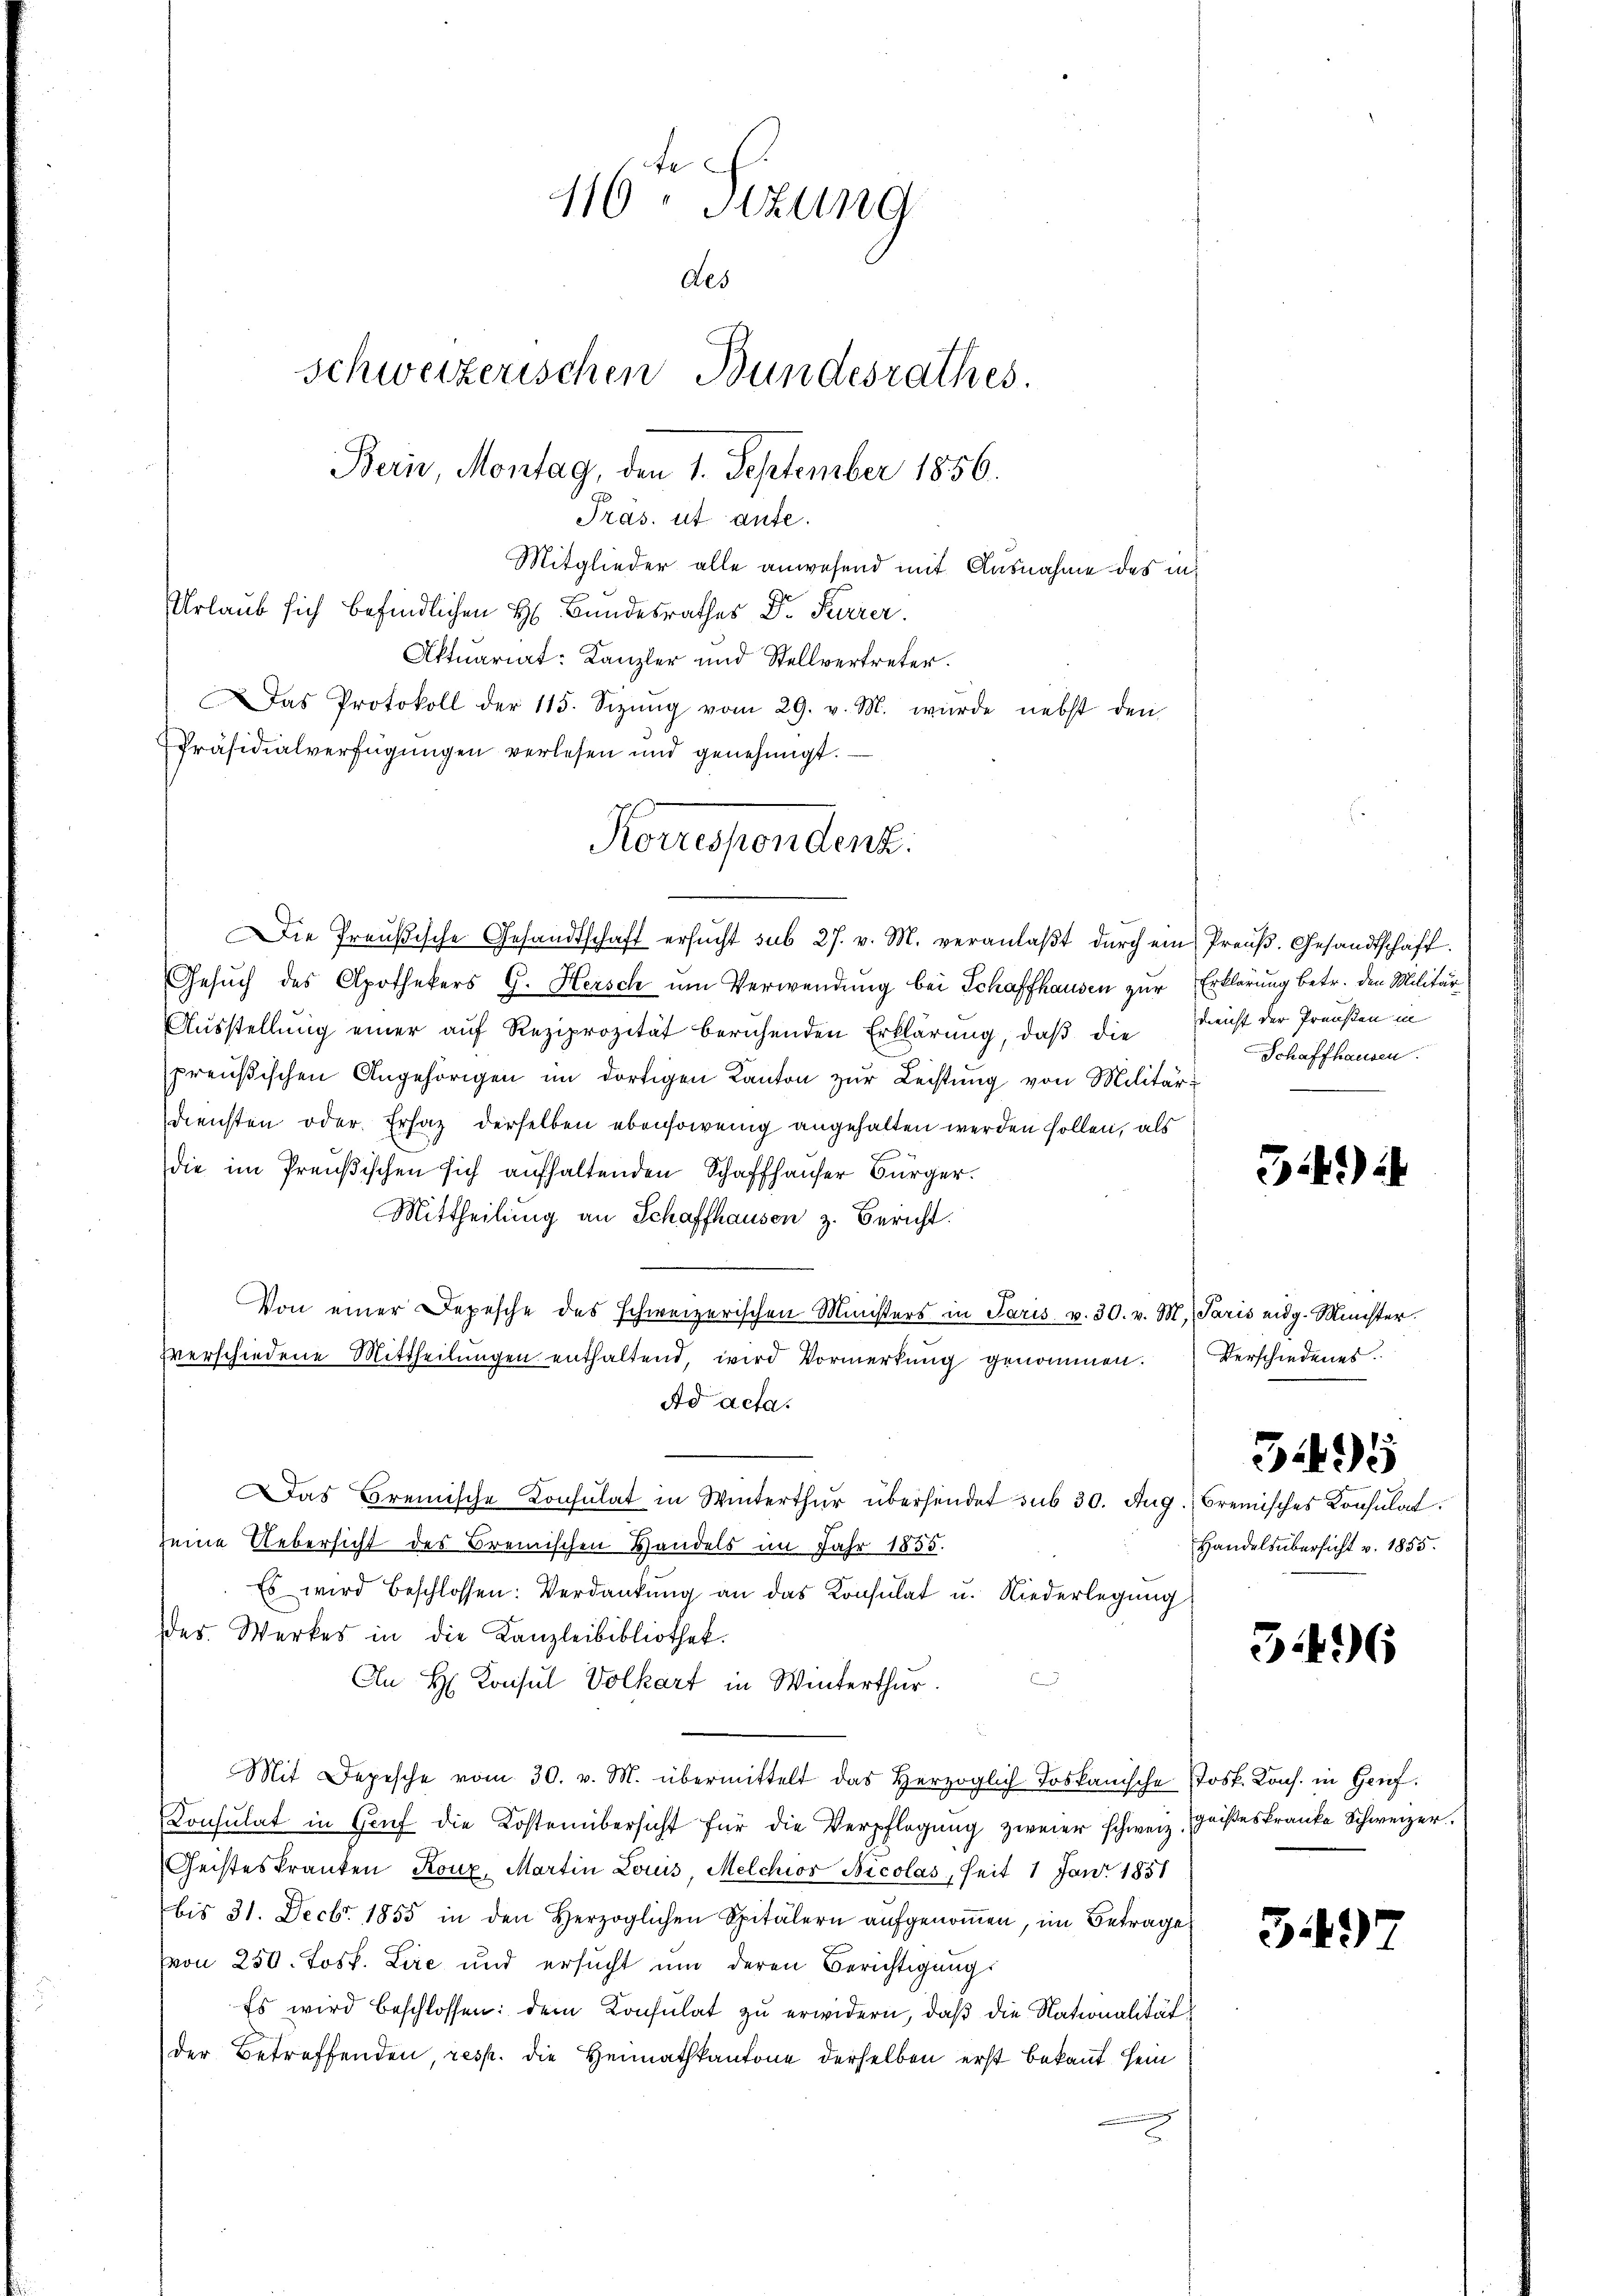
116. Sizung
des
schweizerischen Bundesrathes.
Bern, Montag, den 1. September 1856.
Pras. ut aufe.
Mitglieder alle anwesend mit Ausnahme des in
Urlaub sich befindlichen H. Bundesrathes Dr. Furrer
Aktuariat: Kanzler und Stellvertreter.
Das Protokoll der 115. Sizŭng vom 29. v. M. wurde nebst den
Präsidialverfügungen verlesen und genehmigt.

Die Preußische Gesandtschaft ersŭcht sub 27. v. M. veranlaβt dŭrch ein Preŭβ. Gesandtschaft
Gesuch des Apothekers G. Hersch um Verwendung bei Schaffhausen zur Erklärung betr. den Militär
Ausstellung einer auf Reziprozität beruhenden Erklärung, daß die Reicht der Preußen in
preußischen Angehörigen im dortigen Kanton zur Leistung von Militärdiensten oder Ersatz derselben ebensowenig angehalten werden sollen, als
die im Preußischen sich aufhaltenden Schaffhauser Bürger.
Mittheilung an Schaffhausen z. Bericht.
Von einer Depesche des schweizerischen Ministers in Paris u. 30. v. M. Paris eidg. Münster.
zverschiedene Mittheilŭngen enthaltend, wird Vormerkŭng genommen. Verschiedenes.
Ad acta.
Das Bremische Consulat in Winterthur übersendet sub 30. Aug. Bremisches Konsulat
seine Uebersicht des Bremischen Handels im Jahr 1855.
Es wird beschlossen: Verdankŭng an das Konsulat u. Niederlegung
des. Werkes in die Kanzleibibliothek.
An H. Konsul Volkart in Winterthur.
Mit Depesche vom 30. v. M. übermittelt das Herzoglich Toskanische Jost. Kons. in Gruf¬
Konsulat in Genf die Kostenübersicht für die Verpflegung zweier schweiz. Geißes kranke Schweizer
Geisteskranken Konz, Martin Louis, Melchios Nicolas, seit 1 Jan. 1851
bis 31. Decbr. 1855 in den Herzoglichen Spitälern aŭfgenoṁen, im Betrage
vvon 250. Jost. Lire und ersucht um deren Berichtigungs
Es wird beschlossen: dem Konsulat zu erwidern, daß die Nationalität
der Betreffenden, resp. die Heimathkantone derselben erst bekannt sein

Korrespondenz

Schaffhausen.

J) i

Handelsübersicht v. 1855.

349

346

34.)